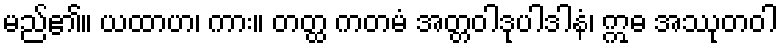
မည်၏။ ယထာဟ၊ ကား။ တတ္ထ ကတမံ အတ္တဝါဒုပါဒါနံ၊ ဣဓ အဿုတဝါ